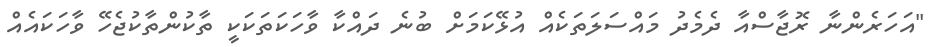
"އަހަރެންނާ ރޮޖާސްއާ ދެމެދު މައްސަލަތަކެއް އުޅޭކަމަށް ބުނެ ދައްކާ ވާހަކަތަކަކީ ތާކުންތާކުޖެހޭ ވާހަކައެއް